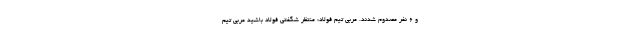
و ۶ نفر مصدوم شدند. مربی تیم فولاد: منتظر شگفتی فولاد باشید مربی تیم